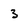
Character: 3